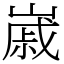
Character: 𡻷